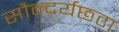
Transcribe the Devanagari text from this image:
सौन्दर्यछटा